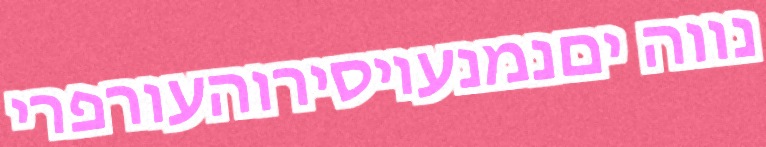
נווה יםנמנעויסירוהעורפרי